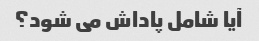
آیا شامل پاداش می شود؟